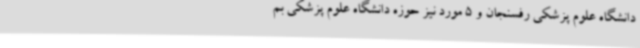
دانشگاه علوم پزشکی رفسنجان و 5 مورد نیز حوزه دانشگاه علوم پزشکی بم